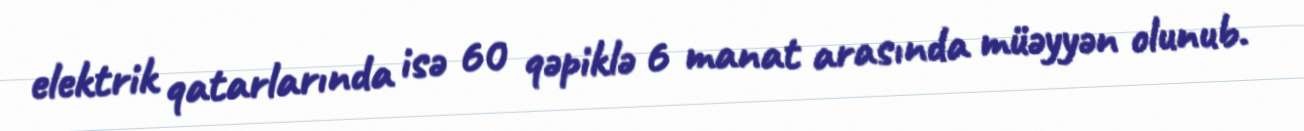
elektrik qatarlarında isə 60 qəpiklə 6 manat arasında müəyyən olunub.